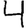
Digit: 4